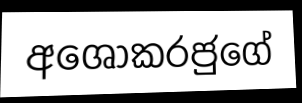
අශොකරජුගේ